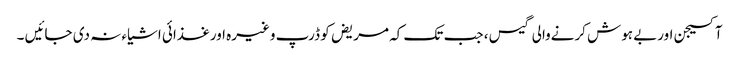
آکسیجن اوربے ہوش کرنےوالی گیس ، جب تک کہ مریض کو ڈرپ وغیرہ اورغذائی اشیاء نہ دی جائیں ۔